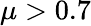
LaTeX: \mu>0.7